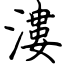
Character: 漊